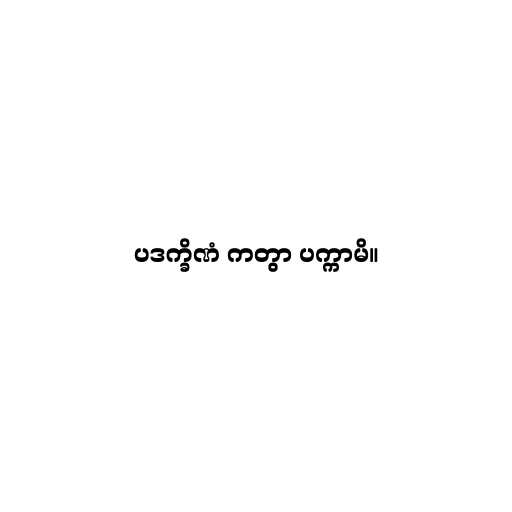
ပဒက္ခိဏံ ကတွာ ပက္ကာမိ။